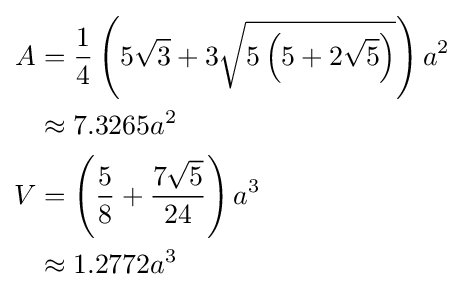
{\begin{aligned}A&={\frac {1}{4}}\left(5{\sqrt {3}}+3{\sqrt {5\left(5+2{\sqrt {5}}\right)}}\right)a^{2}\\&\approx 7.3265a^{2}\\V&=\left({\frac {5}{8}}+{\frac {7{\sqrt {5}}}{24}}\right)a^{3}\\&\approx 1.2772a^{3}\end{aligned}}